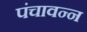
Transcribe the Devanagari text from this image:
पंचावन्न